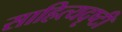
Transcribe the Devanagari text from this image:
साहित्यदृष्टी